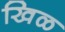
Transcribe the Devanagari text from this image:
खिळ